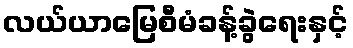
လယ်ယာမြေစီမံခန့်ခွဲရေးနှင့်